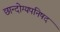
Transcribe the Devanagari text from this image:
छान्दोग्यपनिषद